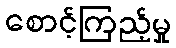
စောင့်ကြည့်မှု